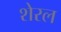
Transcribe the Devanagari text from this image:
शेरल